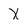
Character: X